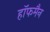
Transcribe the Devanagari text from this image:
हाॅफमैन